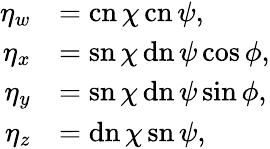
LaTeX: {\begin{array}{rl}{\eta_{w}}&{=\operatorname{cn}\chi\operatorname{cn}\psi,}\\ {\eta_{x}}&{=\operatorname{sn}\chi\operatorname{dn}\psi\cos\phi,}\\ {\eta_{y}}&{=\operatorname{sn}\chi\operatorname{dn}\psi\sin\phi,}\\ {\eta_{z}}&{=\operatorname{dn}\chi\operatorname{sn}\psi,}\end{array}}